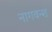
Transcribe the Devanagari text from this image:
नागवन्श